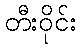
တီးဝိုင်း